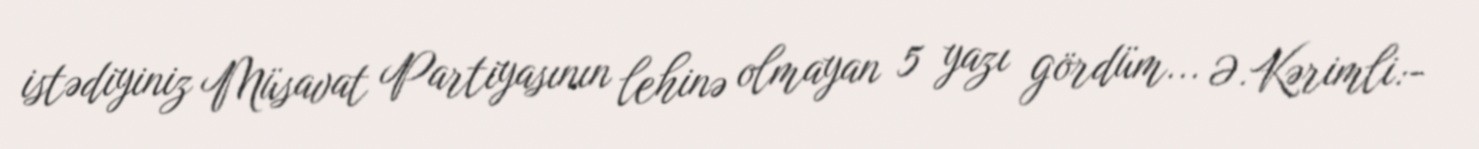
istədiyiniz Müsavat Partiyasının lehinə olmayan 5 yazı gördüm... Ə.Kərimli:-